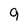
Character: 9